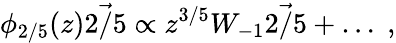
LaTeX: \phi_{2/5}(z)\vec{2/5}\propto z^{3/5}W_{-1}\vec{2/5}+\ldots\; ,